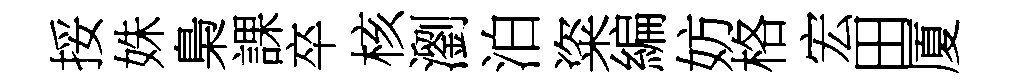
挼姝梟課卒核瀏泊粢編妨格宏田厦